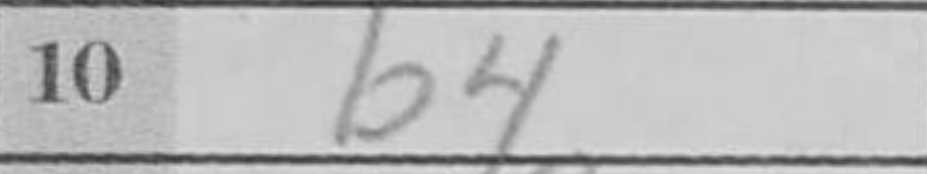
Transcription: b4